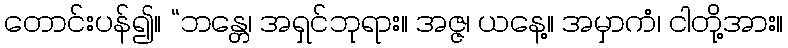
တောင်းပန်၍။ “ဘန္တေ၊ အရှင်ဘုရား။ အဇ္ဇ၊ ယနေ့။ အမှာကံ၊ ငါတို့အား။